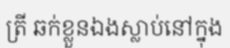
ត្រី ឆក់ខ្លួនឯងស្លាប់នៅក្នុង